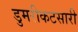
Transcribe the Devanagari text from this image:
डुमरीकटसारी